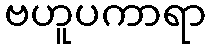
ဗဟူပကာရာ